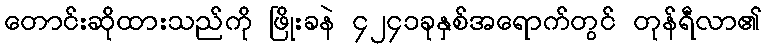
တောင်းဆိုထားသည်ကို ဖြိုးခနဲ ၄၂၄၁ခုနှစ်အရောက်တွင် တုန်ရီလာ၏